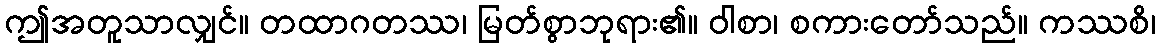
ဤအတူသာလျှင်။ တထာဂတဿ၊ မြတ်စွာဘုရား၏။ ဝါစာ၊ စကားတော်သည်။ ကဿစိ၊